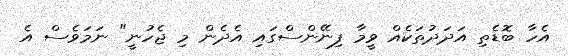
އެހާ ބޮޑެތި އަދަދުތަކެއް ވީމާ ފިނޭންސްގައި އެދެން މި ޖެހުނީ" ނަމަވެސް އެ